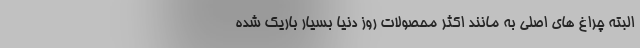
البته چراغ های اصلی به مانند اکثر محصولات روز دنیا بسیار باریک شده